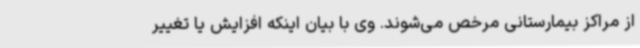
از مراکز بیمارستانی مرخص می‌شوند. وی با بیان اینکه افزایش یا تغییر